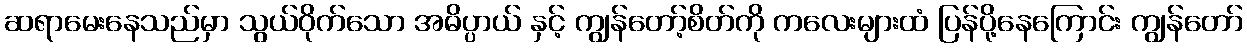
ဆရာမေးနေသည်မှာ သွယ်ဝိုက်သော အဓိပ္ပာယ် နှင့် ကျွန်တော့်စိတ်ကို ကလေးများထံ ပြန်ပို့နေကြောင်း ကျွန်တော်